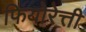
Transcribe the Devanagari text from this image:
फियोरेत्ती